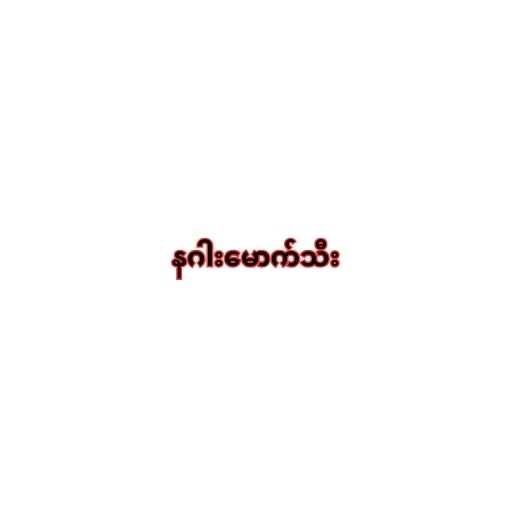
နဂါးမောက်သီး